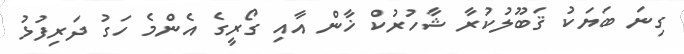
ގިނަ ބަޔަކު ޤަބޫލުކުރާ ޝާހުރުކް ޚާން އާއި ގޯރީގެ އެންމެ ހަގު ދަރިފުޅު